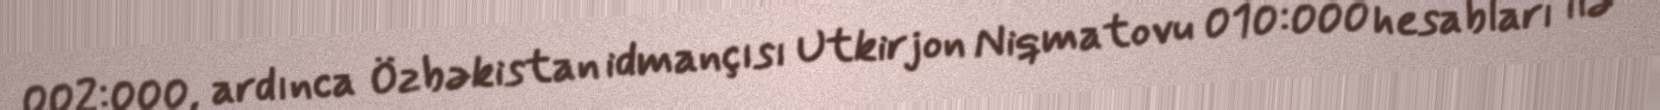
002:000, ardınca Özbəkistan idmançısı Utkirjon Niqmatovu 010:000 hesabları ilə